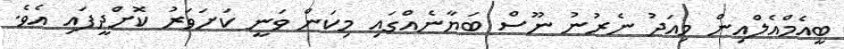
ބީއެމްއެލްއިން މިއަދު ނެރުނު ނޫސް ބަޔާނެއްގައި މިކަން ވަނީ ކަށަވަރު ކޮށްދީފައި އެވެ.